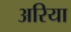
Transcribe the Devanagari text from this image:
अरिया